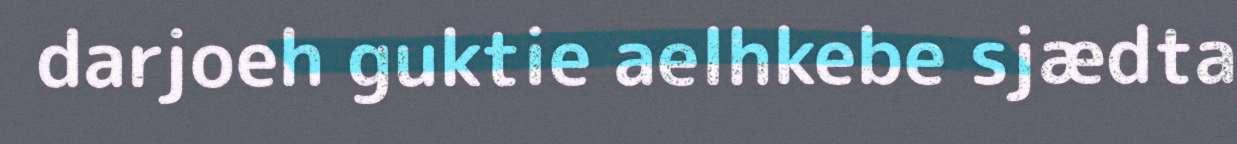
darjoeh guktie aelhkebe sjædta